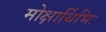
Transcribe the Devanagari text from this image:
मोक्षार्थिभिः